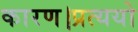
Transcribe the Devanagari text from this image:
कारण।प्रत्ययो